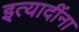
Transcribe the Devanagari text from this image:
इत्‍यादींना